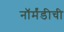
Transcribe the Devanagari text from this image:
नॉर्मंडीची